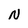
Character: N